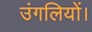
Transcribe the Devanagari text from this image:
उंगलियों।